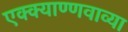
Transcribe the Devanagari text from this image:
एक्क्याण्णवाव्या